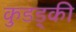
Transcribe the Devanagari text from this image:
कुडड्की